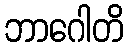
ဘာဂေါတိ